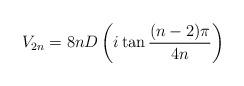
LaTeX: \begin{align*}V_{2n}=8nD\left(i\tan\frac{(n-2)\pi}{4n}\right)\end{align*}